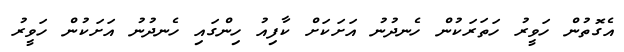
އެގޮތުން ހަވީރު ހަތަރަކުން ހެނދުނު އަށަކަށް ކާފިއު ހިންގައި ހެނދުނު އަށަކުން ހަވީރު